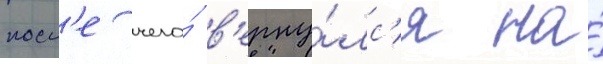
посл'е чего́ в'ерну́лс'я на́